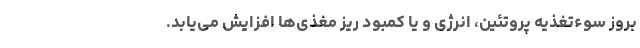
بروز سوءتغذیه پروتئین، انرژی و یا کمبود ریز مغذی‌ها افزایش می‌یابد.